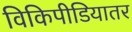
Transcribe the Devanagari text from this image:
विकिपीडियातर